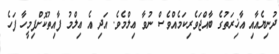
ދުނިޔެއާއި އާޚިރަތުގެ ބާއްޖަވެރިކަމެއްވެސް ނުވާ ޢިލްމެވެ. އަދި އެ ޢިލްމު ފާއިތުކޮށްފިމީހާ ފަހެ